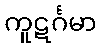
ကူဋင်္ဂမာ